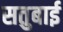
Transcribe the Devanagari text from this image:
सतुबाई